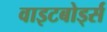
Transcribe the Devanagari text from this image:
वाइटबोर्ड्स